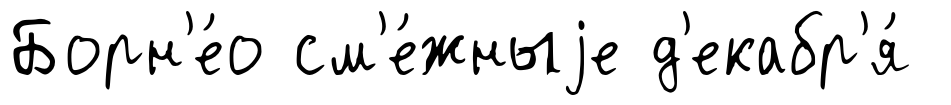
Борн'е́о см'е́жныjе д'екабр'я́